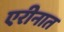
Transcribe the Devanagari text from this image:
एरीनात